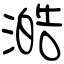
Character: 澔